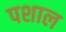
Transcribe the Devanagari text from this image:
पशाल